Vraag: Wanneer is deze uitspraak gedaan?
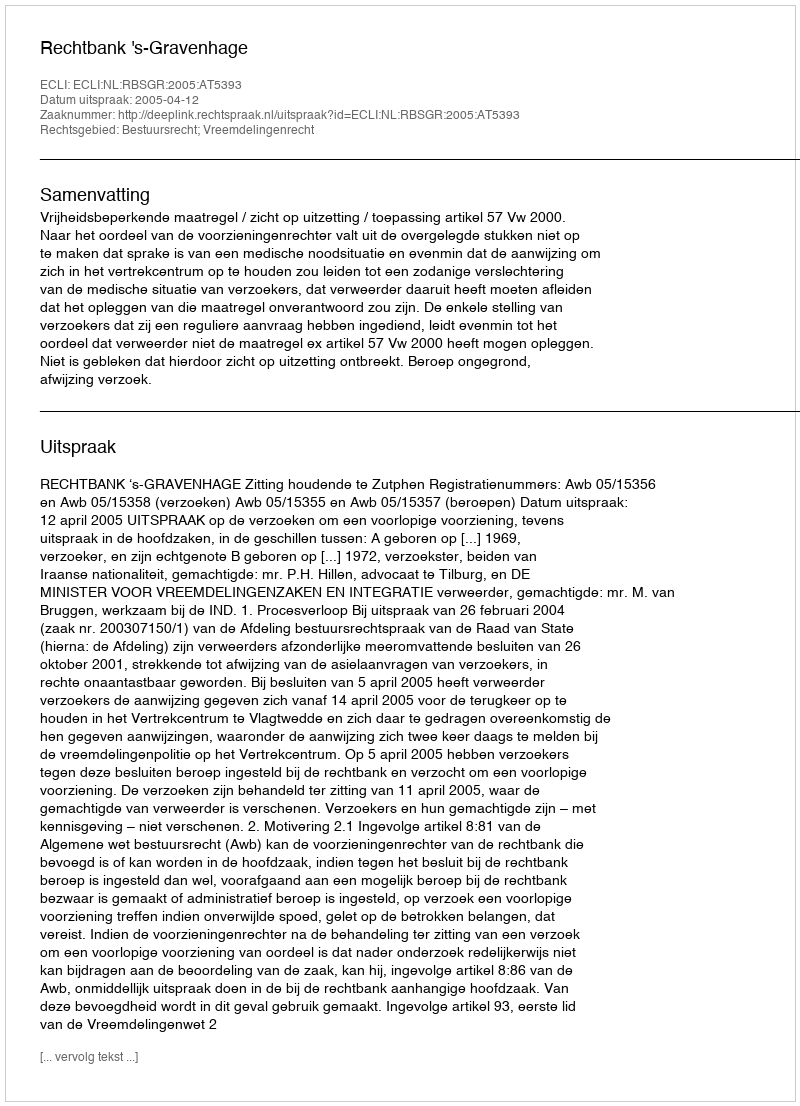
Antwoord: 2005-04-12